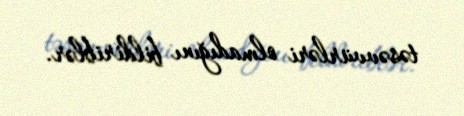
təsəvvürləri olmadığını bildiriblər.